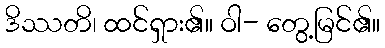
ဒိဿတိ၊ ထင်ရှား၏။ ဝါ- တွေ့မြင်၏။